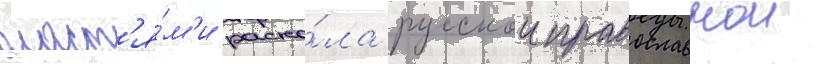
власт'я́м'и раско́ла русскои православнои